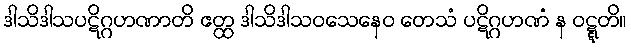
ဒါသိဒါသပဋိဂ္ဂဟဏာတိ ဧတ္ထ ဒါသိဒါသဝသေနေဝ တေသံ ပဋိဂ္ဂဟဏံ န ဝဋ္ဋတိ။